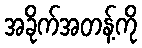
အခိုက်အတန့်ကို